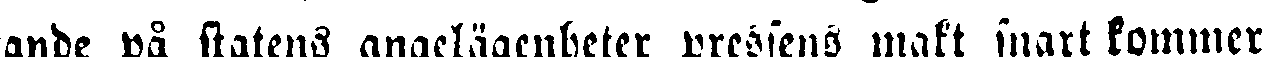
tande på statens angelägenheter pressens makt snart kommer